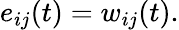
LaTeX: e_{ij}(t)=w_{ij}(t).